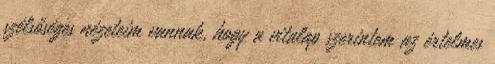
szélsőséges nézeteim vannak, hogy a vitalap szerintem az értelmes